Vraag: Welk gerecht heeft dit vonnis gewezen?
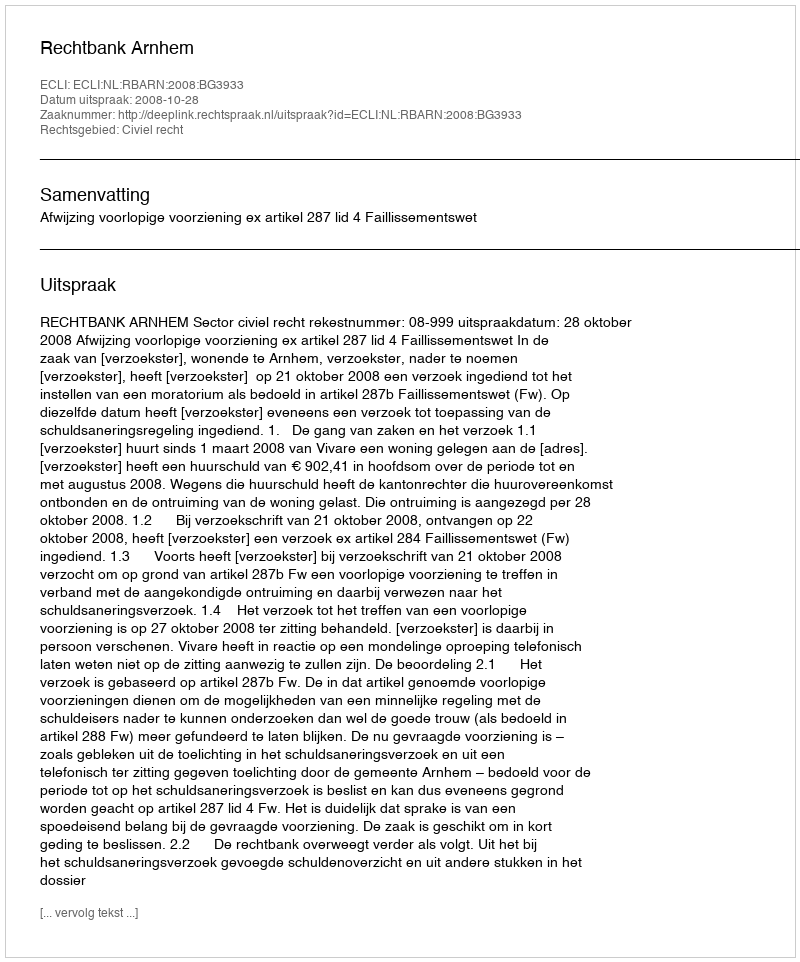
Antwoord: Rechtbank Arnhem